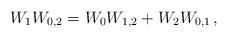
LaTeX: \begin{align*}W_{1}W_{0,2}=W_{0} W_{1,2}+W_{2}W_{0,1}\,,\end{align*}